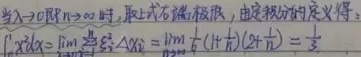
当\(\lambda \to 0\)（即\(n\to\infty\)）时，取上式右端极限，由定积分的定义得：
\(\int_{a}^{b}f(x)dx=\lim_{\lambda \to 0}\sum_{i = 1}^{n}f(\xi_i)\Delta x_i=\lim_{n \to \infty}\frac{1}{n}(1 + \frac{1}{n})(2+\frac{1}{n})=\frac{1}{3}\)